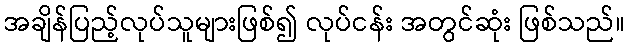
အချိန်ပြည့်လုပ်သူများဖြစ်၍ လုပ်ငန်း အတွင်ဆုံး ဖြစ်သည်။